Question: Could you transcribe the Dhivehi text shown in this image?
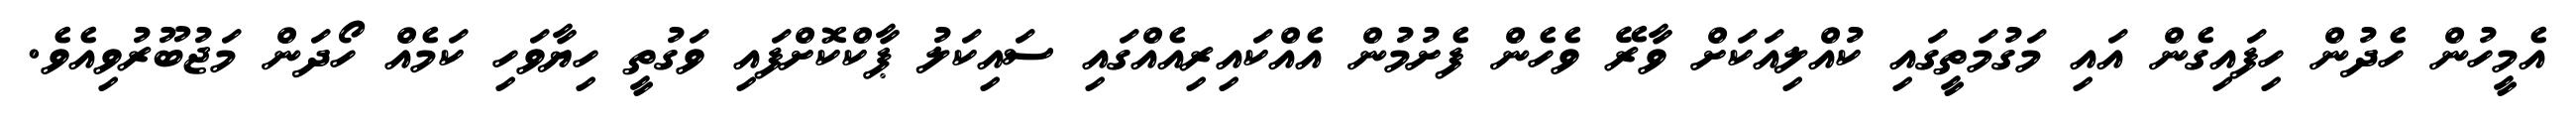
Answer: އެމީހުން ހެދުން ހިފައިގެން އައި މަގުމަތީގައި ކުއްލިއަކަށް ވާރޭ ވެހެން ފެށުމުން އެއްކައިރިއެއްގައި ސައިކަލު ޕާކްކޮށްފައި ވަގުތީ ހިޔާވަހި ކަމެއް ހޯދަން މަޖުބޫރުވިއެވެ.